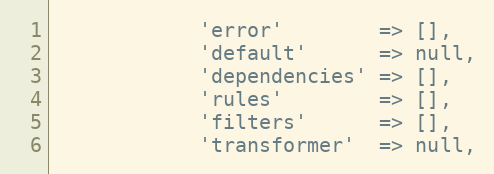
Language: PHP
            'error'        => [],
            'default'      => null,
            'dependencies' => [],
            'rules'        => [],
            'filters'      => [],
            'transformer'  => null,